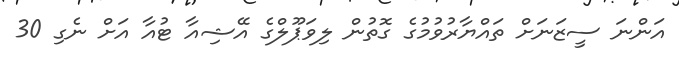
އަންނަ ސީޒަނަށް ތައްޔާރުވުމުގެ ގޮތުން ލިވަޕޫލްގެ އޭޝިއާ ޓުއާ އަށް ނެގި 30